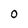
Character: O